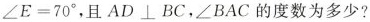
$$\angle E=70^{\circ}$$，且$$AD\bot BC$$，\angle BAC的度数为多少?